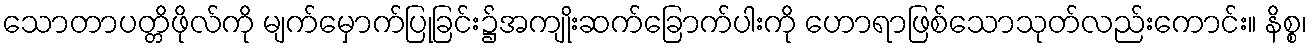
သောတာပတ္တိဖိုလ်ကို မျက်မှောက်ပြုခြင်း၌အကျိုးဆက်ခြောက်ပါးကို ဟောရာဖြစ်သောသုတ်လည်းကောင်း။ နိစ္စ၊